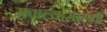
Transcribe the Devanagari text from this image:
मवाल्यासारखी